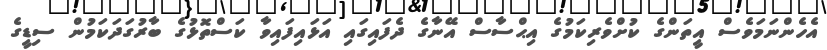
އެހެންނަމަވެސް އީތަންގެ ކުށްވެރިކަމުގެ އިޙްސާސް އޭނާގެ ދެފައިގައި އަޅައިފައިވާ ކަސްތޮޅުގެ ބާރުގަދަކަމުން ސިޑީގެ